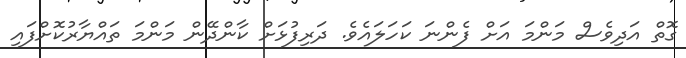
ގޮތް އަދިވެސް މަންމަ އަށް ފެންނަ ކަހަލައެވެ. ދަރިފުޅަށް ކާންދޭން މަންމަ ތައްޔާރުކޮށްފައި